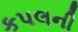
કપલની